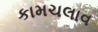
કામચલાવ